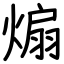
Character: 煽